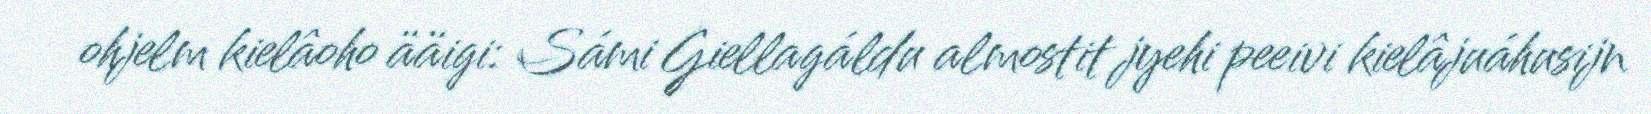
ohjelm kielâoho ääigi: Sámi Giellagáldu almostit jyehi peeivi kielâjuáhusijn